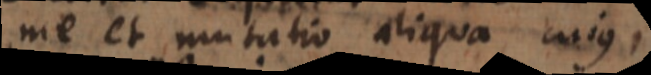
me et mutatio aliqua cujus